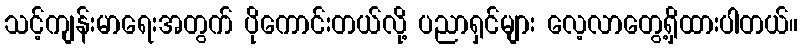
သင့်ကျန်းမာရေးအတွက် ပိုကောင်းတယ်လို့ ပညာရှင်များ လေ့လာတွေ့ရှိထားပါတယ်။